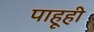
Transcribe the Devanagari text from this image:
पाहूही